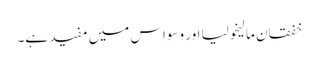
خفقان مالیخولیا اور وسواس میں مفید ہے۔